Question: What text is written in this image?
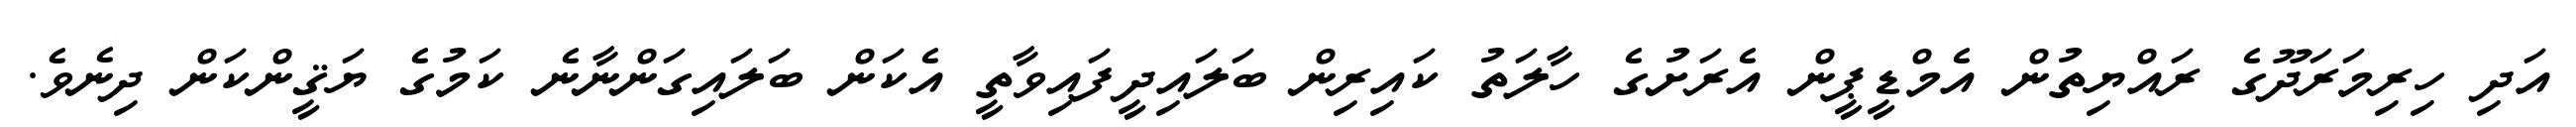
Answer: އަދި ހިރިމަރަދޫގެ ރައްޔިތުން އެމްޑީޕީން އެރަށުގެ ހާލަތު ކައިރިން ބަލައިދީފައިވާތީ އެކަން ބަލައިގަންނާނެ ކަމުގެ ޔަޤީންކަން ދިނެވެ.